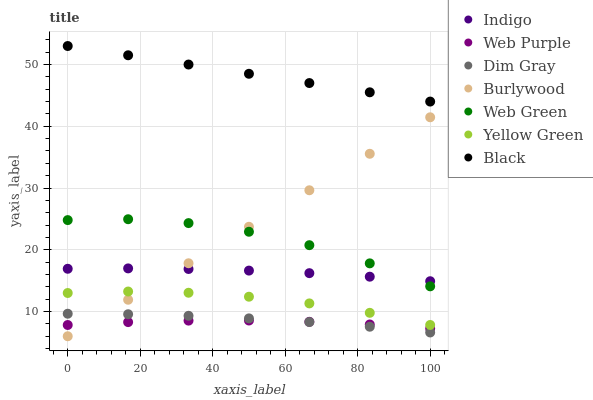
| xaxis_label | Indigo | Web Purple | Dim Gray | Burlywood | Web Green | Yellow Green | Black |
 | --- | --- | --- | --- | --- | --- | --- | --- |
 | 0 | 16.9 | 7.82 | 9.65 | 6 | 24.8 | 13 | 53 |
 | 16.7 | 17 | 8.29 | 9.57 | 11.9 | 25 | 13.2 | 51.5 |
 | 33.3 | 16.9 | 8.53 | 9.31 | 17.8 | 24.3 | 13 | 50 |
 | 50 | 16.6 | 8.55 | 8.89 | 23.7 | 22.9 | 12.4 | 48.5 |
 | 66.7 | 16.2 | 8.34 | 8.3 | 29.6 | 20.7 | 11.3 | 47 |
 | 83.3 | 15.6 | 7.91 | 7.54 | 35.5 | 17.8 | 9.79 | 45.5 |
 | 100 | 14.9 | 7.25 | 6.61 | 41.5 | 14.1 | 7.83 | 44 |